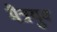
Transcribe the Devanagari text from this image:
मैत्रयुव